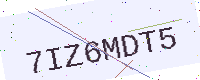
Text: 7IZ6MDT5